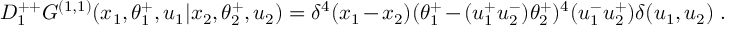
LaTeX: D _ { 1 } ^ { + + } G ^ { ( 1 , 1 ) } ( x _ { 1 } , \theta _ { 1 } ^ { + } , u _ { 1 } \vert x _ { 2 } , \theta _ { 2 } ^ { + } , u _ { 2 } ) = \delta ^ { 4 } ( x _ { 1 } - x _ { 2 } ) ( \theta _ { 1 } ^ { + } - ( u _ { 1 } ^ { + } u _ { 2 } ^ { - } ) \theta _ { 2 } ^ { + } ) ^ { 4 } ( u _ { 1 } ^ { - } u _ { 2 } ^ { + } ) \delta ( u _ { 1 } , u _ { 2 } ) \; .